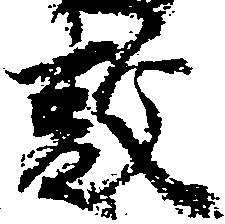
敷